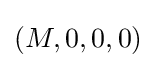
(M,0,0,0)